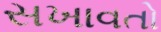
સખાવતો